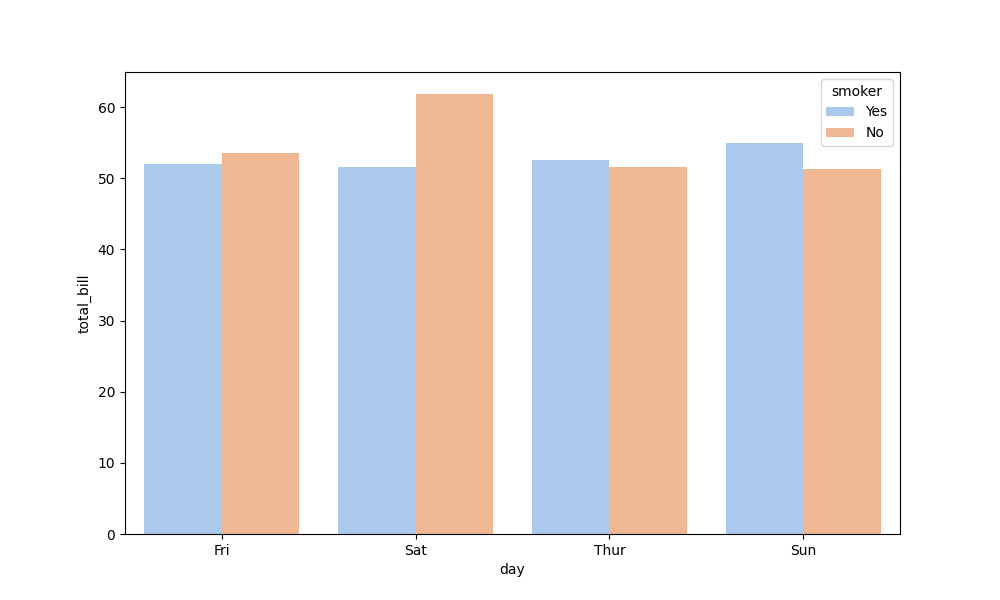
python, seaborn, barplot, hue='smoker', palette='pastel', ci=None, orient='v'